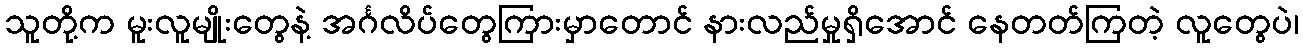
သူတို့က မူးလူမျိုးတွေနဲ့ အင်္ဂလိပ်တွေကြားမှာတောင် နားလည်မှုရှိအောင် နေတတ်ကြတဲ့ လူတွေပဲ၊